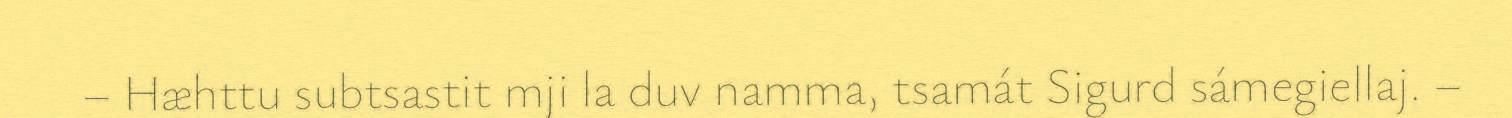
– Hæhttu subtsastit mji la duv namma, tsamát Sigurd sámegiellaj. –